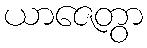
ယာဇေတွာ